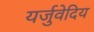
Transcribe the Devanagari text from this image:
यर्जुवेदिय